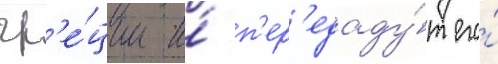
гр'е́ции и́ п'ер'едаду́т его́